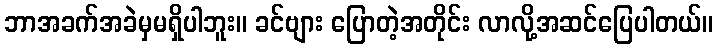
ဘာအခက်အခဲမှမရှိပါဘူး။ ခင်ဗျား ပြောတဲ့အတိုင်း လာလို့အဆင်ပြေပါတယ်။